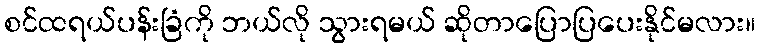
စင်ထရယ်ပန်းခြံကို ဘယ်လို သွားရမယ် ဆိုတာပြောပြပေးနိုင်မလား။